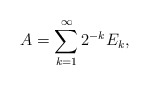
\begin{align*}A = \sum_{k=1}^{\infty}2^{-k}E_k,\end{align*}